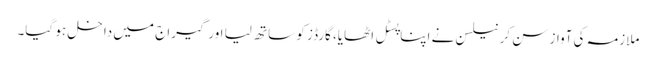
ملازمہ کی آواز سن کر نیلسن نے اپنا پسٹل اٹھایا، گارڈز کو ساتھ لیا اورگیراج میں داخل ہو گیا۔